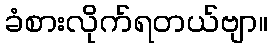
ခံစားလိုက်ရတယ်ဗျာ။